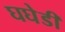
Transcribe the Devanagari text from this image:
घघेडी